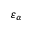
\varepsilon _ { \alpha }